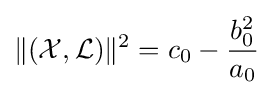
\|({\mathcal {X}},{\mathcal {L}})\|^{2}=c_{0}-{\frac {b_{0}^{2}}{a_{0}}}